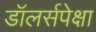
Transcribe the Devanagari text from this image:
डॉलर्सपेक्षा